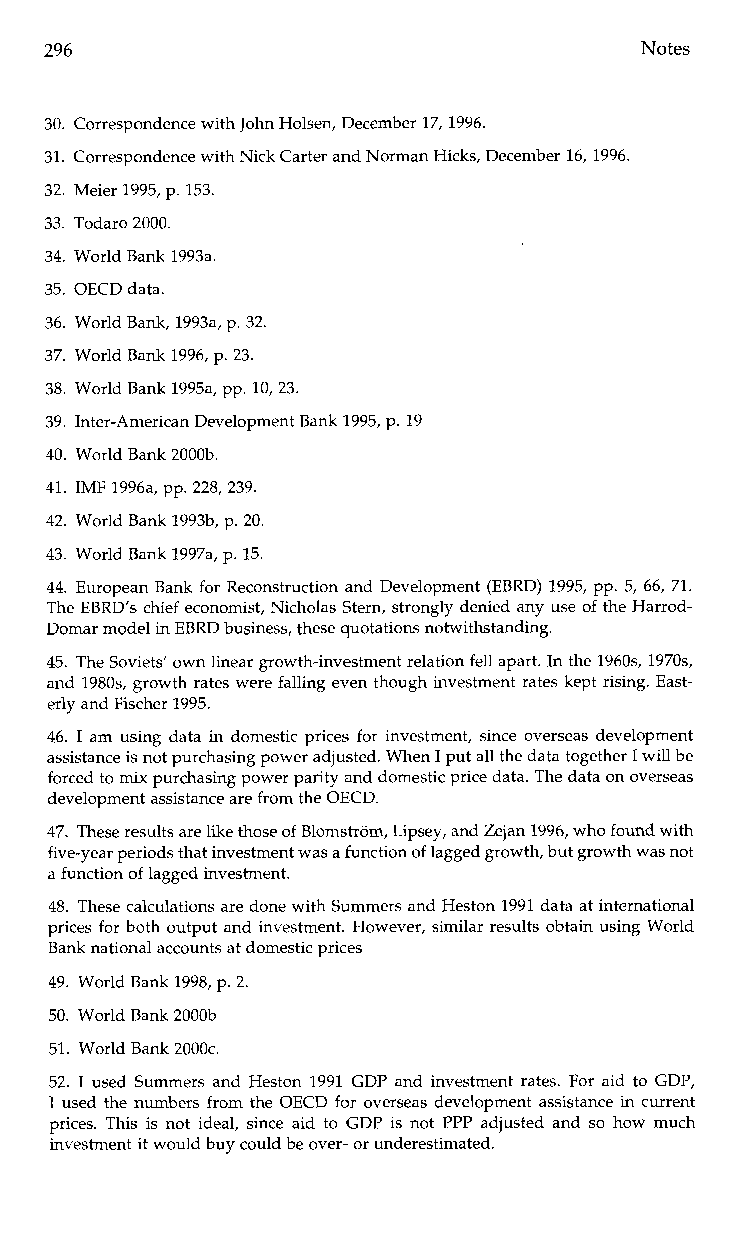
296                                    Notes
 30. Correspondence with John Holsen, December 17, 1996.
 31. Correspondence with Nick Carter and Norman Hicks, December 16, 1996.
 32. Meier 1995, p. 153.
 33. Todaro 2000.
 34. World Bank 1993a
 35. OECD data.
 36. World Bank, 1993a, p. 32.
 37. World Bank 1996, p. 23.
 38. World Bank 1995a, pp. 10,23
 39. Inter-American Development Bank 1995, p. 19
 40. World Bank 2000b.
 41. IMF 1996a, pp. 228,239.
 42. World Bank 1993b, p. 20.
 43. World Bank 1997a, p. 15.
 44. European Bank for Reconstruction and Development (EBRD) 1995, pp. 5, 66, 71.
 The EBRD’s chief economist, Nicholas Stern, strongly denied any use of the Harrod-
 Domar model in EBRD business, these quotations notwithstanding.
 45. The Soviets’ own linear growth-investment relation fell apart. In the 1960s, 1970s,
 and 1980s, growth rates were falling even though investment rates kept rising. East-
 erly and Fischer 1995.
 46. I am using data in domestic prices for investment, since overseas development
 assistance is not purchasing power adjusted.W hen I put all the data together I will be
 forced to mix purchasing power parity and domestic price data. The data on overseas
 development assistance are from the OECD.
 47. These results are like those of Blomstrom, Lipsey, and Zejan 1996, who found with
 five-year periods that investment was a function of lagged growth, but growth was not
 a function of lagged investment.
 48. These calculations are done with Summers and Heston 1991 data at international
 prices for both output and investment. However, similar results obtain using World
 Bank national accounts at domestic prices
 49. World Bank 1998, p. 2.
 50. World Bank 2000b
 51. World Bank 2000c.
 52. I used Summers and Heston 1991 GDP and investment rates. For aid to GDP,
 I used the numbers from the OECD for overseas development assistance in current
 prices. This is not ideal, since aid to GDP is not PPP adjusted and so how much
 investment it would buy could be over- or underestimated.